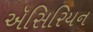
ઍસિરિયન